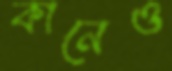
কানেও